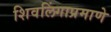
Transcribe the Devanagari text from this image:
शिवलिंगाप्रमाणे